Veterinary [1909] -
Year: 1909
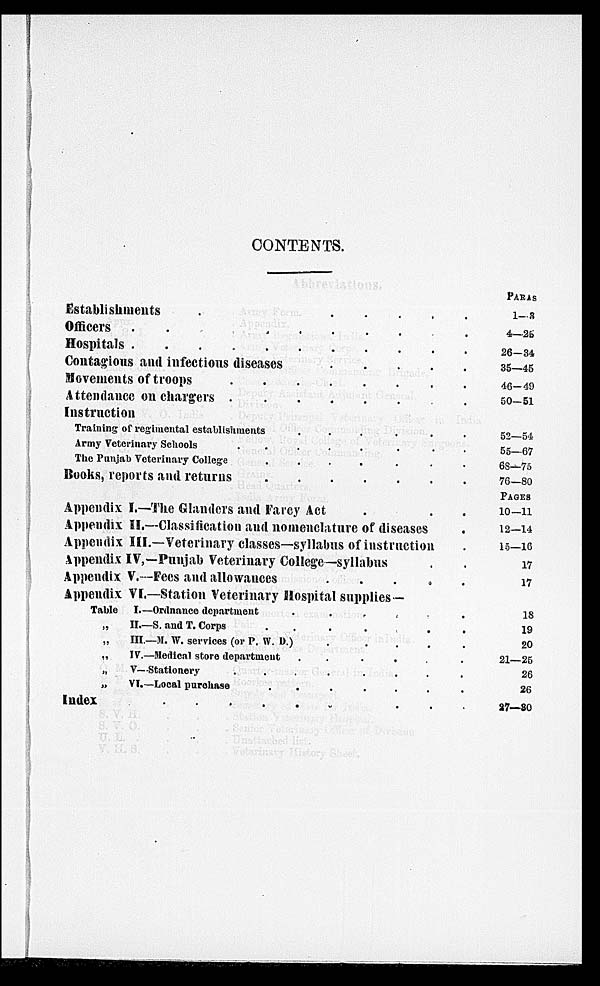
CONTENTS.
Establishments
.
.
.
.
.
.
.
.
.
.
Officers
.
.
.
.
.
.
.
.
.
.
Hospitals
.
.
.
.
.
.
.
.
.
.
Contagious and infectious diseases . . . . . . . . . .
Movements of troops
.
.
.
.
.
.
.
.
.
.
Attendance on chargers . . . . . . . . . .
Instruction
Training of regimental establishments . . . . . . . . . .
Army Veterinary Schools . . . . . . . . . .
The Punjab Veterinary College
.
.
.
.
.
.
.
.
.
.
Books, reports and returns . . . . . . . . . .
Appendix I.—The Glanders and Farcy Act . . . .
Appendix II.—Classification and nomenclature of diseases .
Appendix III.—Veterinary classes—syllabus of instruction .
Appendix IV,—Punjab Veterinary College—syllabus . .
Appendix V.—Fees and allowances . . . .
Appendix VI.—Station Veterinary Hospital supplies—
Table I.—Ordnance department . . . . . .
„
II.—S. and T. Corps . . . . . . . . . .
„
III.—M. W. services (or P. W. D.) . . . . . . . .
„
IV.—Medical store department . . . . . . . . . .
V—Stationery
.
.
.
.
.
.
.
.
.
.
„
VI.—Local purchase
.
.
.
.
.
.
.
.
.
.
Index
.
.
.
.
.
.
.
.
.
.
PARAS
1—3
4—25
26—34
35—45
46—49
50—51
52—54
55—67
68—75
76—80
PAGES
10—11
12—14
15—16
17
17
18
19
20
21—25
26
26
27—30